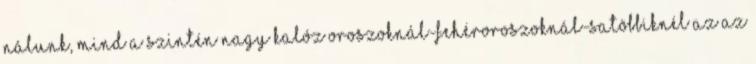
nálunk, mind a szintén nagy kalóz oroszoknál-fehéroroszoknál-satöbbiknél az az